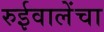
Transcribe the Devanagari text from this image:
रुईवालेंचा